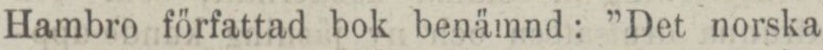
Hambro författad bok benämnd: ”Det norska